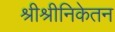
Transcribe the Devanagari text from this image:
श्रीश्रीनिकेतन